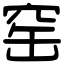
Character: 窑